Report on vaccination in the Province of Bengal - 1869-1873
Year: 1869
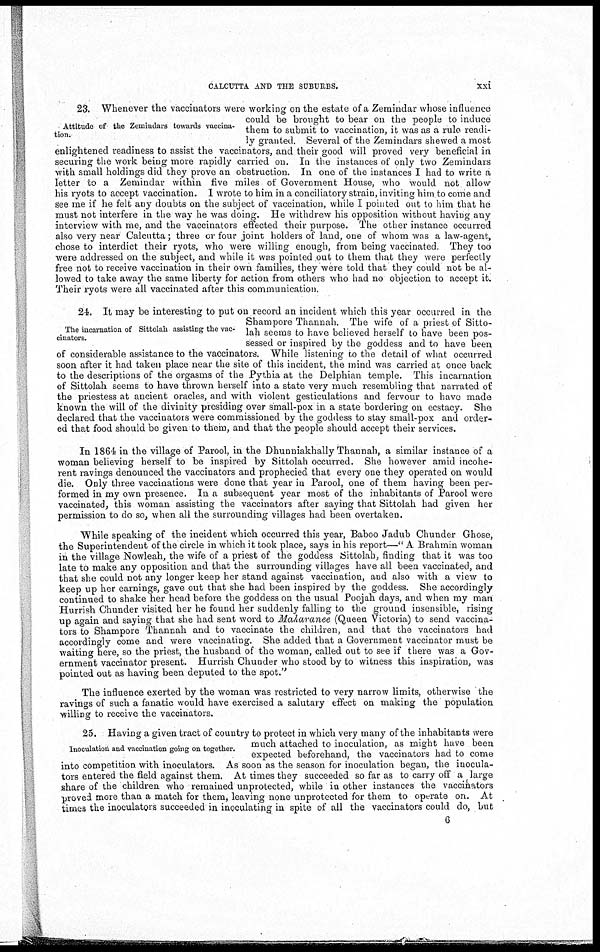
CALCUTTA AND THE SUBURBS.
xxi
Attitude of the Zemindars towards vaccina-
tion.
23. Whenever the vaccinators were working on the estate of a Zemindar whose influence
could be brought to bear on the people to induce
them to submit to vaccination, it was as a rule readi-
ly granted. Several of the Zemindars shewed a most
enlightened readiness to assist the vaccinators, and their good will proved very beneficial in
securing the work being more rapidly carried on. In the instances of only two Zemindars
with small holdings did they prove an obstruction. In one of the instances I had to write a
letter to a Zemindar within five miles of Government House, who would not allow
his ryots to accept vaccination. I wrote to him in a conciliatory strain, inviting him to come and
see me if he felt any doubts on the subject of vaccination, while I pointed out to him that he
must not interfere in the way he was doing. He withdrew his opposition without having any
interview with me, and the vaccinators effected their purpose. The other instance occurred
also very near Calcutta; three or four joint holders of land, one of whom was a law-agent,
chose to interdict their ryots, who were willing enough, from being vaccinated. They too
were addressed on the subject, and while it was pointed out to them that they were perfectly
free not to receive vaccination in their own families, they were told that they could not be al-
lowed to take away the same liberty for action from others who had no objection to accept it.
Their ryots were all vaccinated after this communication.
The incarnation of Sittolah assisting the vac-
cinators.
24. It may be interesting to put on record an incident which this year occurred in the
Shampore Thannah. The wife of a priest of Sitto-
lah seems to have believed herself to have been pos-
sessed or inspired by the goddess and to have been
of considerable assistance to the vaccinators. While listening to the detail of what occurred
soon after it had taken place near the site of this incident, the mind was carried at once back
to the descriptions of the orgasms of the Pythia at the Delphian temple. This incarnation
of Sittolah seems to have thrown herself into a state very much resembling that narrated of
the priestess at ancient oracles, and with violent gesticulations and fervour to have made
known the will of the divinity presiding over small-pox in a state bordering on ecstacy. She
declared that the vaccinators were commissioned by the goddess to stay small-pox and order-
ed that food should be given to them, and that the people should accept their services.
In 1864 in the village of Parool, in the Dhunniakhally Thannah, a similar instance of a
woman believing herself to be inspired by Sittolah occurred. She however amid incohe-
rent ravings denounced the vaccinators and prophecied that every one they operated on would
die. Only three vaccinations were done that year in Parool, one of them having been per-
formed in my own presence. In a subsequent year most of the inhabitants of Parool were
vaccinated, this woman assisting the vaccinators after saying that Sittolah had given her
permission to do so, when all the surrounding villages had been overtaken.
While speaking of the incident which occurred this year, Baboo Jadub Chunder Ghose,
the Superintendent of the circle in which it took place, says in his report—" A Brahmin woman
in the village Nowleah, the wife of a priest of the goddess Sittolah, finding that it was too
late to make any opposition and that the surrounding villages have all been vaccinated, and
that she could not any longer keep her stand against vaccination, and also with a view to
keep up her earnings, gave out that she had been inspired by the goddess. She accordingly
continued to shake her head before the goddess on the usual Poojah days, and when my man
Hurrish Chunder visited her he found her suddenly falling to the ground insensible, rising
up again and saying that she had sent word to Maharanee (Queen Victoria) to send vaccina-
tors to Shampore Thannah and to vaccinate the children, and that the vaccinators had
accordingly come and were vaccinating. She added that a Government vaccinator must be
waiting here, so the priest, the husband of the woman, called out to see if there was a Gov-
ernment vaccinator present. Hurrish Chunder who stood by to witness this inspiration, was
pointed out as having been deputed to the spot."
The influence exerted by the woman was restricted to very narrow limits, otherwise the
ravings of such a fanatic would have exercised a salutary effect on making the population
willing to receive the vaccinators.
Inoculation and vaccination going on together.
25. Having a given tract of country to protect in which very many of the inhabitants were
much attached to inoculation, as might have been
expected beforehand, the vaccinators had to come
into competition with inoculators. As soon as the season for inoculation began, the inocula-
tors entered the field against them. At times they succeeded so far as to carry off a large
share of the children who remained unprotected, while in other instances the vaccinators
proved more than a match for them, leaving none unprotected for them to operate on. At
times the inocuiatois succeeded in inoculating in spite of all the vaccinators could do, but
6